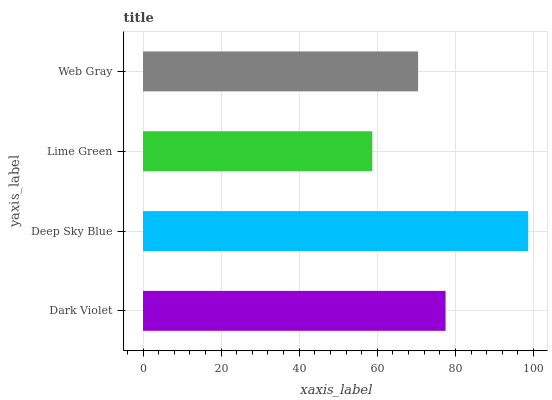
| yaxis_label | bars |
 | --- | --- |
 | Dark Violet | 77.5 |
 | Deep Sky Blue | 98.7 |
 | Lime Green | 58.7 |
 | Web Gray | 70.5 |